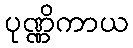
ပုဏ္ဏိကာယ